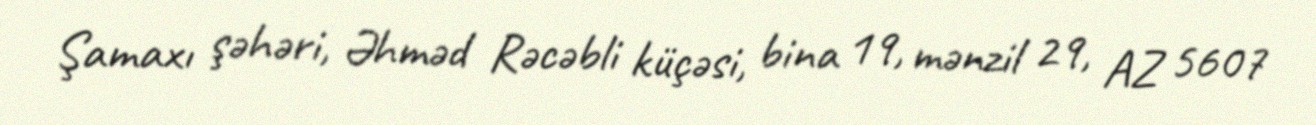
Şamaxı şəhəri, Əhməd Rəcəbli küçəsi, bina 19, mənzil 29, AZ 5607